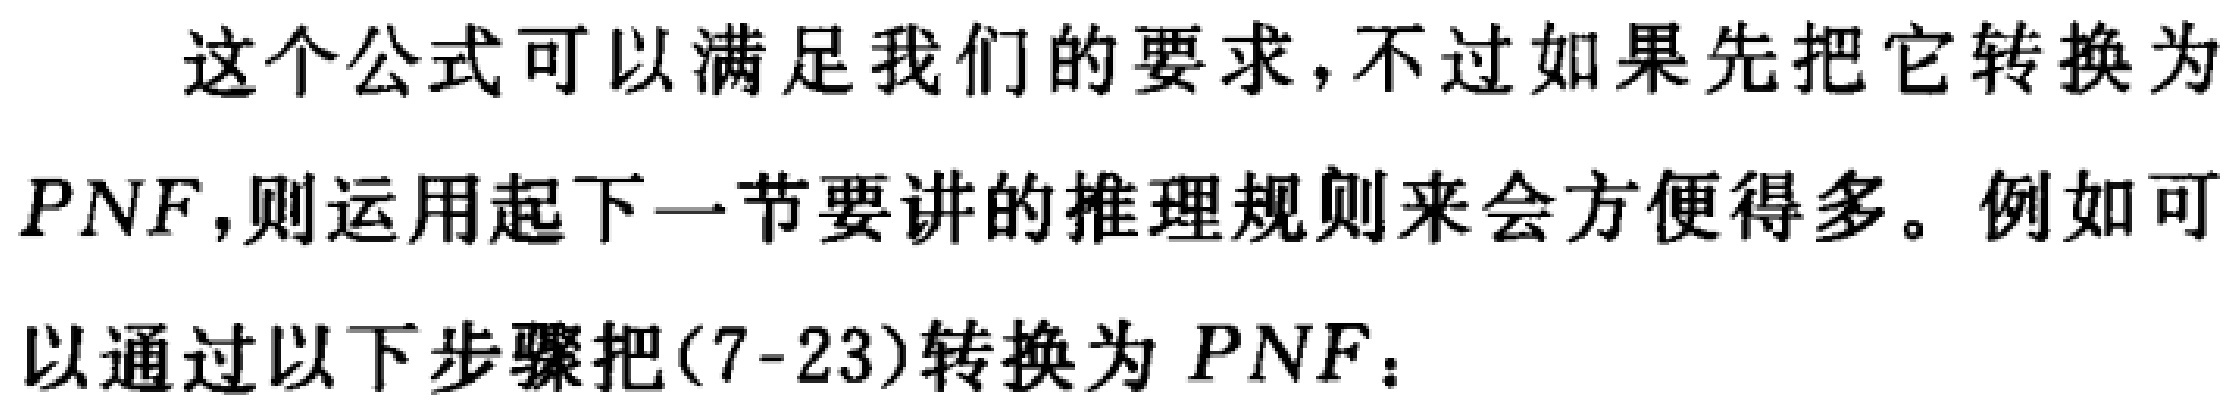
这个公式可以满足我们的要求，不过如果先把它转换为
$PNF$，则运用起下一节要讲的推理规则来会方便得多。例如可
以通过以下步骤把(7-23)转换为 $PNF$：